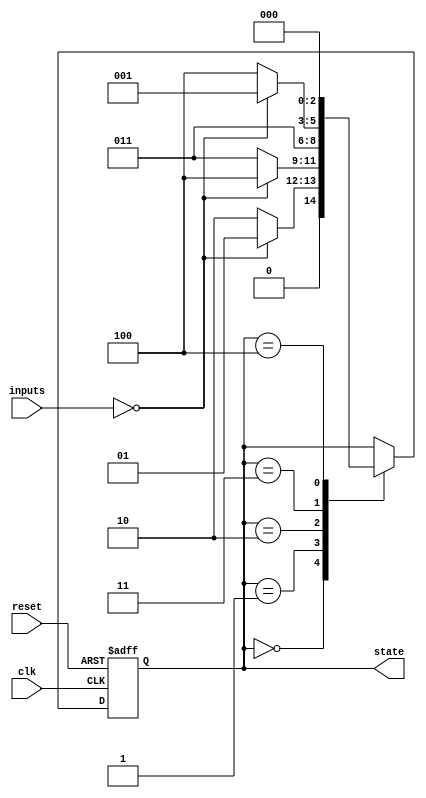
module state_machine(
    input wire clk,
    input wire reset,
    input wire [1:0] inputs,
    output reg [2:0] state
);

parameter S0 = 3'b000;
parameter S1 = 3'b001;
parameter S2 = 3'b010;
parameter S3 = 3'b011;
parameter S4 = 3'b100;

always @(posedge clk or posedge reset) begin
    if (reset) begin
        state <= S0;
    end else begin
        case(state)
            S0: begin
                if(inputs == 2'b00)
                    state <= S1;
                else
                    state <= S2;
            end
            S1: begin
                if(inputs == 2'b00)
                    state <= S4;
                else
                    state <= S3;
            end
            S2: begin
                state <= S3;
            end
            S3: begin
                if(inputs == 2'b00)
                    state <= S1;
                else
                    state <= S4;
            end
            S4: begin
                state <= S0;
            end
        endcase
    end
end

endmodule